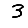
Digit: 3